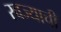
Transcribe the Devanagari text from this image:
स्वज्याची